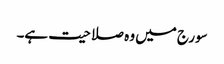
سورج میں وہ صلاحیت ہے۔